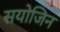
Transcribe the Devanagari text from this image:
सयोजिन